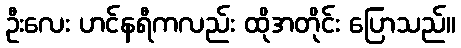
ဦးလေး ဟင်နရီကလည်း ထိုအတိုင်း ပြောသည်။